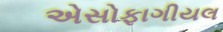
એસોફાગીયલ